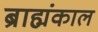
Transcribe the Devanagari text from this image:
ब्राह्मंकाल